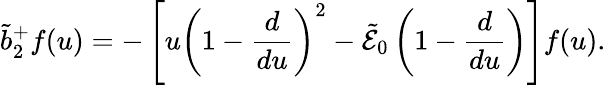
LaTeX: \tilde{b}_{2}^{+}f(u)=-\left[u\left(1-{\frac{d}{du}}\right)^{2}-\tilde{\cal E}_{0}\left(1-{\frac{d}{du}}\right)\right]f(u).